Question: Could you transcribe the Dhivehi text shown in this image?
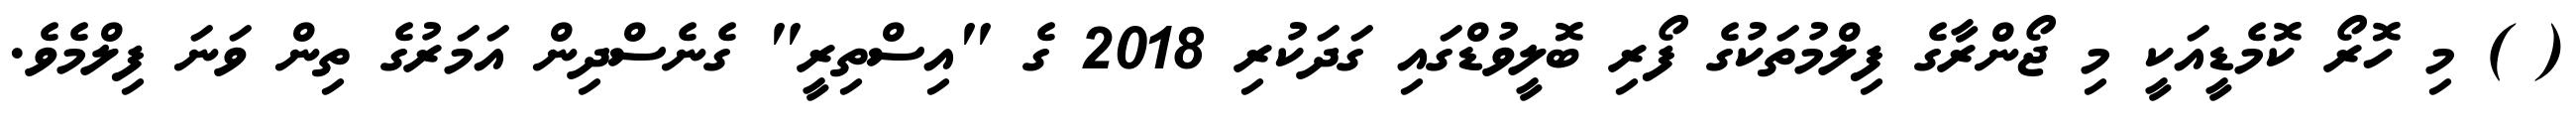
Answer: ( ) މި ހޮރޯ ކޮމެޑީއަކީ މި ޖޯންރާގެ ފިލްމުތަކުގެ ފޯރި ބޮލީވުޑްގައި ގަދަކުރި 2018 ގެ "އިސްތިރީ" ގެނެސްދިން އަމަރުގެ ތިން ވަނަ ފިލްމެވެ.